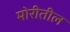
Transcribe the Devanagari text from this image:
मोरीतील